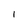
Character: l